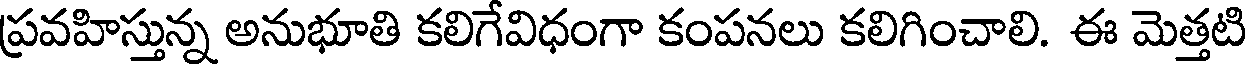
ప్రవహిస్తున్న అనుభూతి కలిగేవిధంగా కంపనలు కలిగించాలి. ఈ మెత్తటి